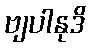
ဗျပါနုဒိ